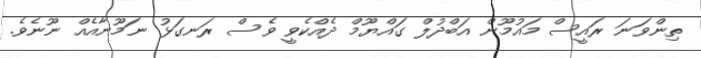
ތިންވަނަ ރައީސް މައުމޫން އަބްދުލް ގައްޔޫމް ދެއްކެވީ ވެސް ރަނގަޅު ނަމޫނާއެއް ނޫނެވެ.